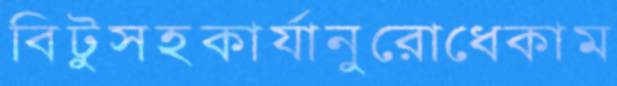
বিটুসহকার্যানুরোধেকাম